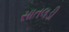
સાતલડી